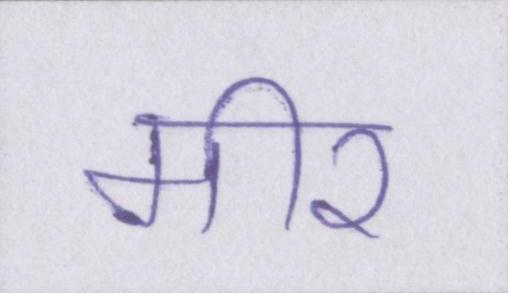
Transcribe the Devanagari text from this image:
मीर